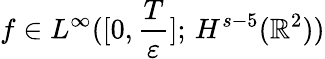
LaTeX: f\in L^{\infty}([0,\frac{T}{\varepsilon}];\, H^{s-5}(\mathbb{R}^{2}))